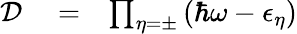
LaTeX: \begin{array}{rlr}{\mathcal{D}}&{{}=}&{\prod_{\eta=\pm}\left(\hbar\omega-\epsilon_{\eta}\right)}\end{array}